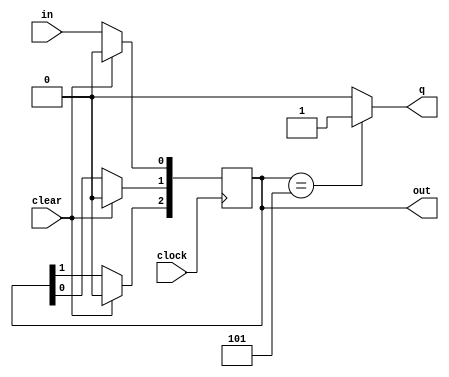
module detector_3_bits (clock, clear, in, out, q);
  input clock, clear, in;
  output [2:0] out;
  output q;
  reg q;
  reg [2:0] out;

  always @ (posedge clock) begin
    if (clear) begin
      out = 3'd0;
    end else begin
      out[2] = out[1];
      out[1] = out[0];
      out[0] = in;
    end
  end

  always @ (out) begin
    if (out == 3'b101) begin
      q = 1;
    end else begin
      q = 0;
    end
  end

endmodule // detector_3_bits